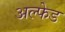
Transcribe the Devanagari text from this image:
अल्फेड